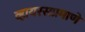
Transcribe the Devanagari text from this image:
व्हायरसप्रमाणे